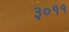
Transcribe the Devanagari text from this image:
३०११